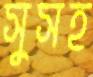
সুসহ